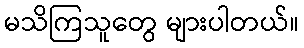
မသိကြသူတွေ များပါတယ်။